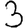
Digit: 3